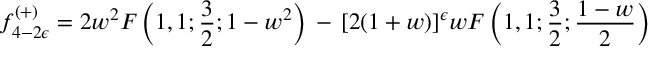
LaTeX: f _ { 4 - 2 \epsilon } ^ { ( + ) } = 2 w ^ { 2 } F \left( 1 , 1 ; \frac { 3 } { 2 } ; 1 - w ^ { 2 } \right) \, - \, [ 2 ( 1 + w ) ] ^ { \epsilon } w F \left( 1 , 1 ; \frac { 3 } { 2 } ; \frac { 1 - w } { 2 } \right)